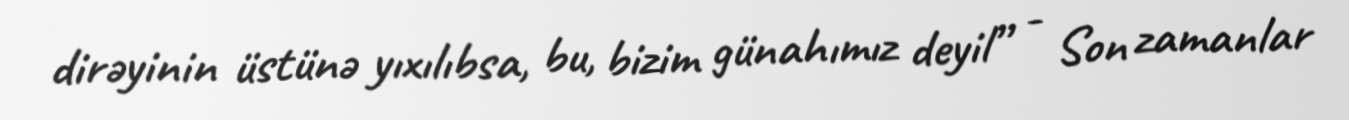
dirəyinin üstünə yıxılıbsa, bu, bizim günahımız deyil” - Son zamanlar